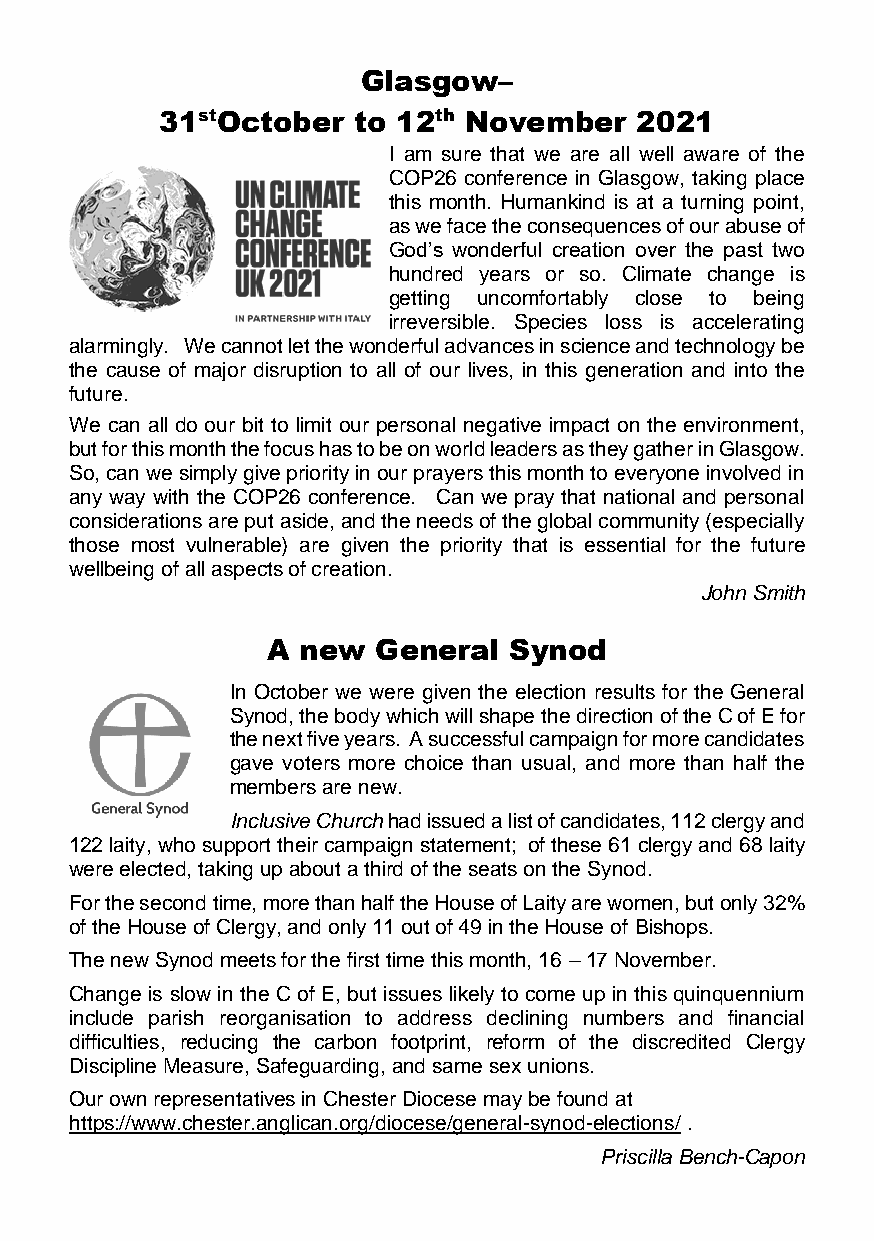
Glasgow–
 31stOctober to 12th November   2021
 I am sure that we are all well aware of the
 COP26 conference in Glasgow, taking place
 this month. Humankind is at a turning point,
 as we face the consequences of our abuse of
 God’s wonderful creation over the past two
 hundred years or so. Climate change is
 getting uncomfortably close to being
 irreversible. Species loss is accelerating
 alarmingly. We cannot let the wonderful advances in science and technology be
 the cause of major disruption to all of our lives, in this generation and into the
 future.
 We can all do our bit to limit our personal negative impact on the environment,
 but for this month the focus has to be on world leaders as they gather in Glasgow.
 So, can we simply give priority in our prayers this month to everyone involved in
 any way with the COP26 conference. Can we pray that national and personal
 considerations are put aside, and the needs of the global community (especially
 those most vulnerable) are given the priority that is essential for the future
 wellbeing of all aspects of creation.
 John Smith
 A new  General  Synod
 In October we were given the election results for the General
 Synod, the body which will shape the direction of the C of E for
 the next five years. A successful campaign for more candidates
 gave voters more choice than usual, and more than half the
 members are new.
 Inclusive Church had issued a list of candidates, 112 clergy and
 122 laity, who support their campaign statement; of these 61 clergy and 68 laity
 were elected, taking up about a third of the seats on the Synod.
 For the second time, more than half the House of Laity are women, but only 32%
 of the House of Clergy, and only 11 out of 49 in the House of Bishops.
 The new Synod meets for the first time this month, 16 – 17 November.
 Change is slow in the C of E, but issues likely to come up in this quinquennium
 include parish reorganisation to address declining numbers and financial
 difficulties, reducing the carbon footprint, reform of the discredited Clergy
 Discipline Measure, Safeguarding, and same sex unions.
 Our own representatives in Chester Diocese may be found at
 https://www.chester.anglican.org/diocese/general-synod-elections/ .
 Priscilla Bench-Capon